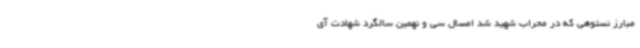
مبارز نستوهی که در محراب شهید شد امسال سی و نهمین سالگرد شهادت آی